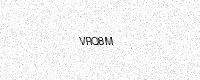
Text: VRQ8M